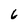
Character: 6